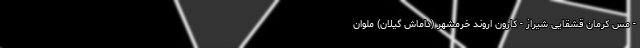
- مس کرمان قشقایی شیراز - کارون اروند خرمشهر (داماش گیلان) ملوان